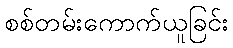
စစ်တမ်းကောက်ယူခြင်း